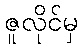
ဇူလိုင်မှ